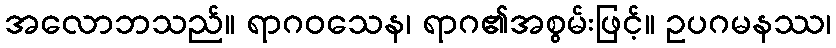
အလောဘသည်။ ရာဂဝသေန၊ ရာဂ၏အစွမ်းဖြင့်။ ဥပဂမနဿ၊